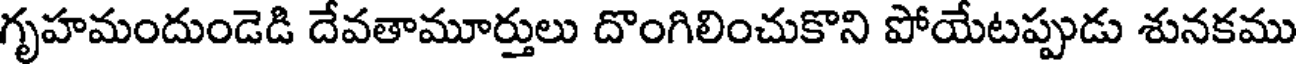
గృహమందుండెడి దేవతామూర్తులు దొంగిలించుకొని పోయేటప్పుడు శునకము